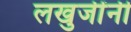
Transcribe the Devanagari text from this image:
लखुजींनी